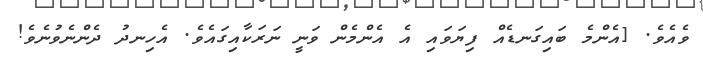
ވެއެވެ. [އެންމެ ބައިގަނޑެއް ފިޔަވައި އެ އެންމެން ވަނީ ނަރަކާއިގައެވެ. އެހިނދު ދެންނެވުނެވެ!